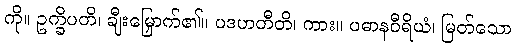
ကို။ ဥက္ခိပတိ၊ ချီးမြှောက်၏။ ပဒဟတီတိ၊ ကား။ ပဓာနဝီရိယံ၊ မြတ်သော